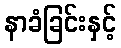
နာခံခြင်းနှင့်